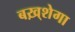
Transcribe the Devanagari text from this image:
बख़्शेगा